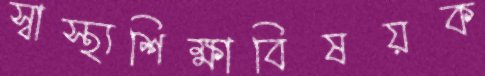
স্বাস্থ্যশিক্ষাবিষয়ক